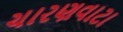
ચારણવાટા